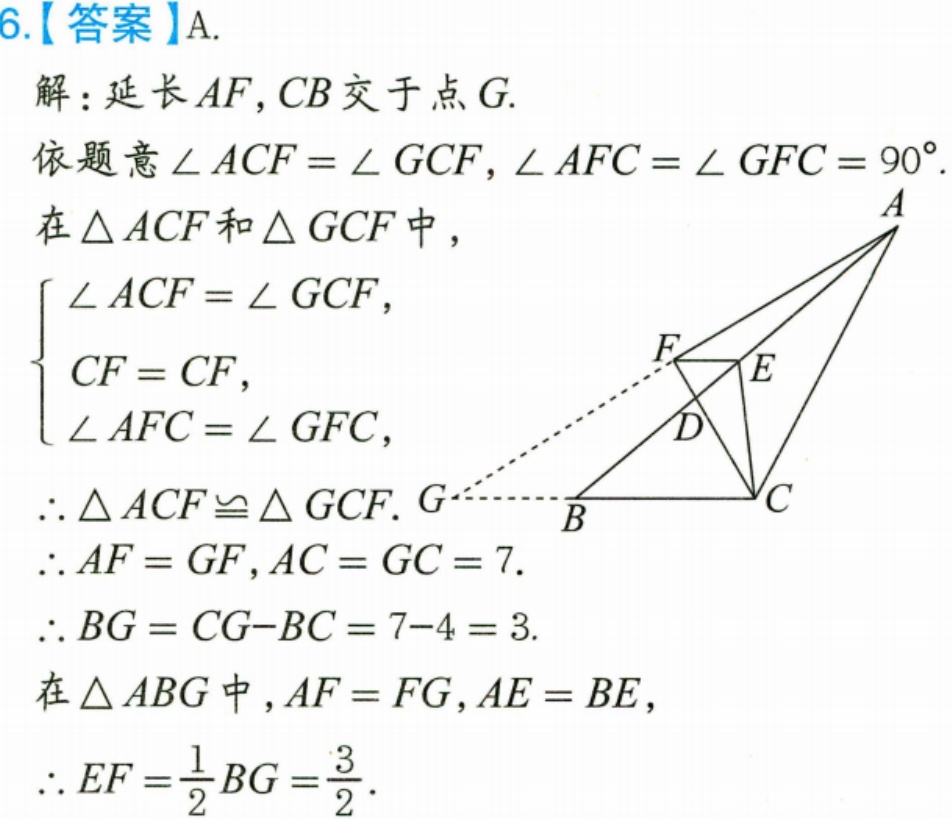
6.【答案】A.
解：延长 \(AF,CB\) 交于点 \(G\).
依题意 \(\angle ACF = \angle GCF,\angle AFC=\angle GFC = 90^{\circ}\).
在 \(\triangle ACF\) 和 \(\triangle GCF\) 中，
\(\begin{cases}
\angle ACF=\angle GCF,\\
CF = CF,\\
\angle AFC=\angle GFC,
\end{cases}\)
\(\therefore \triangle ACF\cong\triangle GCF\). \(G\)
\(\therefore AF = GF,AC = GC = 7\).
\(\therefore BG=CG - BC=7 - 4 = 3\).
在 \(\triangle ABG\) 中，\(AF = FG,AE = BE\),
\(\therefore EF=\frac{1}{2}BG=\frac{3}{2}\).